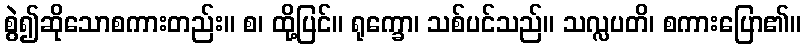
စွဲ၍ဆိုသောစကားတည်း။ စ၊ ထို့ပြင်။ ရုက္ခော၊ သစ်ပင်သည်။ သလ္လပတိ၊ စကားပြော၏။